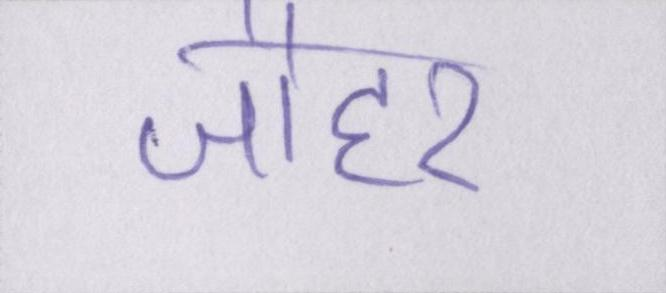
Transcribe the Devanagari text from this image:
जौहर